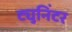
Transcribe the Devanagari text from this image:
ट्युनिंटर